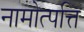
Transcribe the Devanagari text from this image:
नामोत्पत्ति